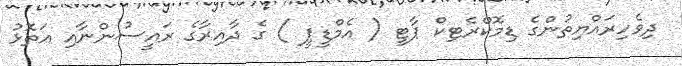
ދިވެހިރައްޔިތުންގެ ޑިމޮކްރެޓިކް ޕާޓީ ( އެމްޑީޕީ ) ގެ ދާއިރާގެ ރައީސުންނާއި އަތޮޅު